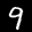
Label: 9